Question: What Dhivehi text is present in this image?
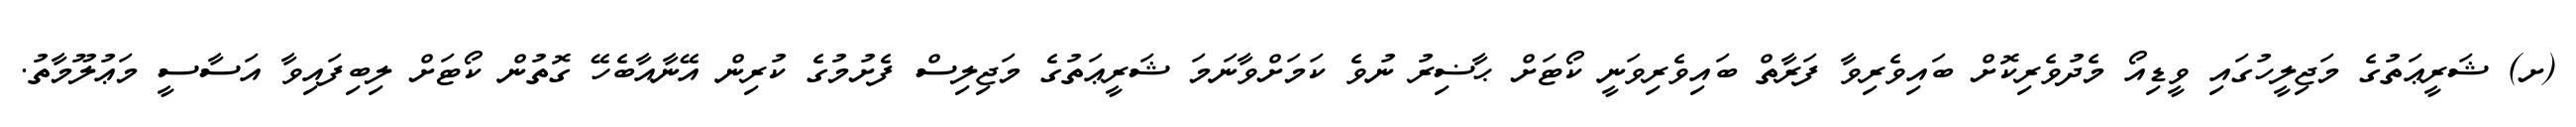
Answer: (ށ) ޝަރީޢަތުގެ މަޖިލީހުގައި ވީޑިއޯ މެދުވެރިކޮށް ބައިވެރިވާ ފަރާތް ބައިވެރިވަނީ ކޯޓަށް ޙާޟިރު ނުވެ ކަމަށްވާނަމަ ޝަރީޢަތުގެ މަޖިލިސް ފެށުމުގެ ކުރިން އޭނާއާބެހޭ ގޮތުން ކޯޓަށް ލިބިފައިވާ އަސާސީ މަޢުލޫމާތު.